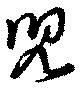
児